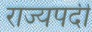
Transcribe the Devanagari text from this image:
राज्यपदी